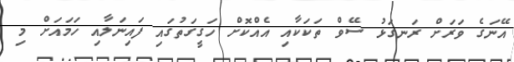
އޭނަގެ ވަރަށް ރަނގަޅު ސޭވް ތަކަކާއި އެއްކޮށް ހަގީގަތުގައި ފައިނަލާއި ހަމައަށް މި